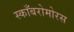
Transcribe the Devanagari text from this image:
स्काँबरोमोरस